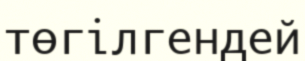
төгілгендей